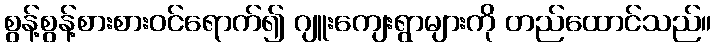
စွန့်စွန့်စားစားဝင်ရောက်၍ ဂျူးကျေးရွာများကို တည်ထောင်သည်။